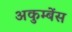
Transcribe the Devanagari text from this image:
अकुम्बेंस